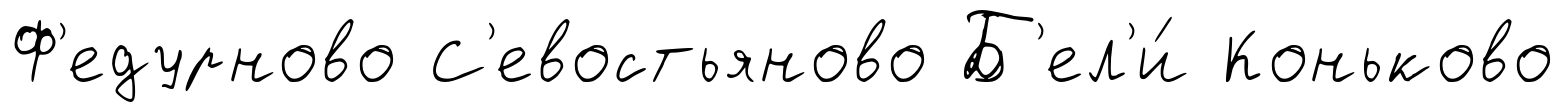
Ф'едурново С'евостьяново Б'ел'и́ Коньково